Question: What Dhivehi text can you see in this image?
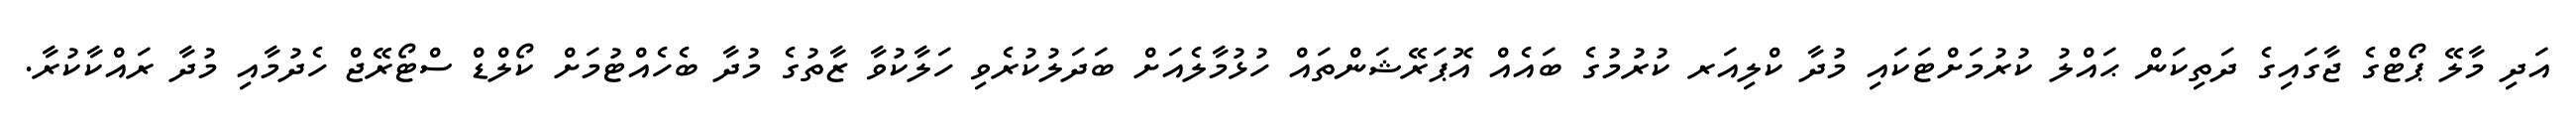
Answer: އަދި މާލޭ ޕޯޓްގެ ޖާގައިގެ ދަތިކަން ޙައްލު ކުރުމަށްޓަކައި މުދާ ކްލިއަރ ކުރުމުގެ ބައެއް އޮޕަރޭޝަންތައް ހުޅުމާލެއަށް ބަދަލުކުރެވި ހަލާކުވާ ޒާތުގެ މުދާ ބެހެއްޓުމަށް ކޯލްޑް ސްޓޯރޭޖް ހެދުމާއި މުދާ ރައްކާކުރާ.